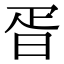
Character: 𣆁